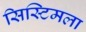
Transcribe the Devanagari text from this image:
सिस्टिमला